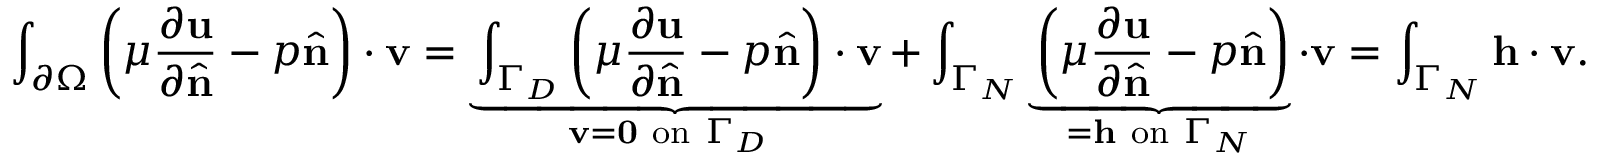
\int _ { \partial \Omega } \left( \mu { \frac { \partial \mathbf { u } } { \partial { \hat { \mathbf { n } } } } } - p { \hat { \mathbf { n } } } \right) \cdot \mathbf { v } = \underbrace { \int _ { \Gamma _ { D } } \left( \mu { \frac { \partial \mathbf { u } } { \partial { \hat { \mathbf { n } } } } } - p { \hat { \mathbf { n } } } \right) \cdot \mathbf { v } } _ { \mathbf { v } = \mathbf { 0 } { \mathrm { ~ o n ~ } } \Gamma _ { D } \ } + \int _ { \Gamma _ { N } } \underbrace { { \vphantom { \int _ { \Gamma _ { N } } } } \left( \mu { \frac { \partial \mathbf { u } } { \partial { \hat { \mathbf { n } } } } } - p { \hat { \mathbf { n } } } \right) } _ { = \mathbf { h } { \mathrm { ~ o n ~ } } \Gamma _ { N } } \cdot \mathbf { v } = \int _ { \Gamma _ { N } } \mathbf { h } \cdot \mathbf { v } .